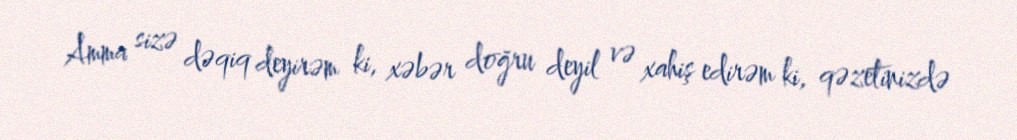
Amma sizə dəqiq deyirəm ki, xəbər doğru deyil və xahiş edirəm ki, qəzetinizdə